Medical and sanitary report of the native army of Madras for the year
Year: 1878
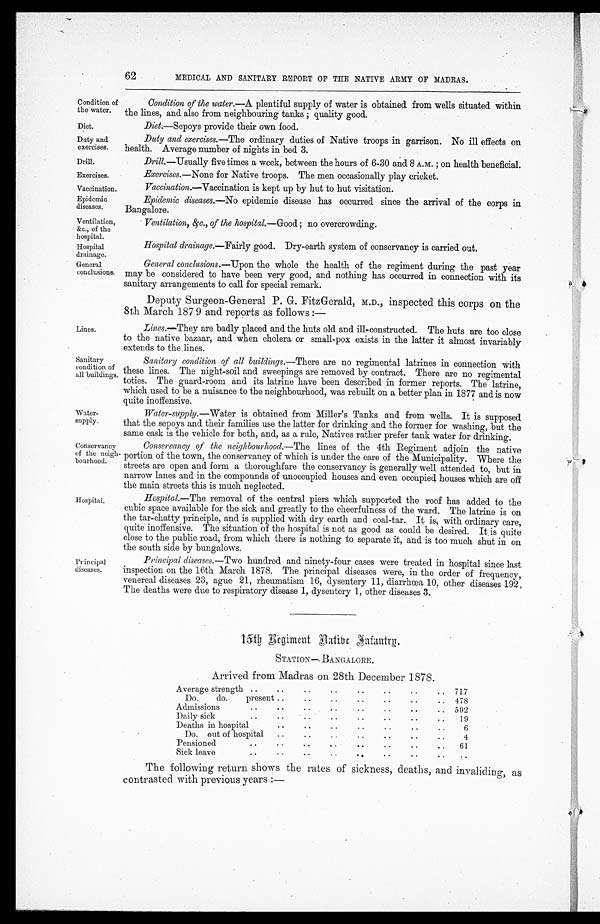
Duty and
exercises.
Drill.
Exercises.
Vaccination.
Epidemic
diseases.
Ventilation,
&c., of the
hospital.
Hospital
drainage.
General
conclusions.
62
MEDICAL AND SANITARY REPORT OF THE NATIVE ARMY OF MADRAS.
Condition of
the water.
Condition of the water. —A plentiful supply of water is obtained from wells situated within
the lines, and also from neighbouring tanks ; quality good.
Diet.
Diet.—Sepoys provide their own food.
Lines.
Sanitary
condition of
all buildings.
Water-
supply.
Duty and exercises. —The ordinary duties of Native troops in garrison. No ill effects on
health. Average number of nights in bed 3.
Drill.—Usually five times a week, between the hours of 6-30 and 8 A.M. ; on health beneficial.
Exercises. —None for Native troops. The men occasionally play cricket.
Vaccination.—Vaccination is kept up by hut to hut visitation.
Epidemic diseases. —No epidemic disease has occurred since the arrival of the corps in
Bangalore.
Ventilation, &c., of the hospital. —Good; no overcrowding.
Hospital drainage.—Fairly good. Dry-earth system of conservancy is carried out.
General conclusions. —Upon the whole the health of the regiment during the past year
may be considered to have been very good, and nothing has occurred in connection with its
sanitary arrangements to call for special remark.
Deputy Surgeon-General P. G. FitzGerald, M.D., inspected this corps on the
8th March 1879 and reports as follows:—
Lines.—They are badly placed and the huts old and ill-constructed. The huts are too close
to the native bazaar, and when cholera or small-pox exists in the latter it almost invariably
extends to the lines.
Sanitary condition of all buildings. —There are no regimental latrines in connection with
these lines. The night-soil and sweepings are removed by contract. There are no regimental
toties. The guard-room and its latrine have been described in former reports. The latrine,
which used to be a nuisance to the neighbourhood, was rebuilt on a better plan in 1877 and is now
quite inoffensive.
Water-supply. —Water is obtained from Miller's Tanks and from wells. It is supposed
that the sepoys and their families use the latter for drinking and the former for washing, but the
same cask is the vehicle for both, and, as a rule, Natives rather prefer tank water for drinking.
Conservancy
of the neigh-
bourhood.
Hospital.
Conservancy of the neighbourhood. —The lines of the 4th Regiment adjoin the native
portion of the town, the conservancy of which is under the care of the Municipality. Where the
streets are open and form a thoroughfare the conservancy is generally well attended to, but in
narrow lanes and in the compounds of unoccupied houses and even occupied houses which are off
the main streets this is much neglected.
H o s p i t a l .
— T h e
removal of the central piers which supported the roof has added to the
cubic space available for the sick and greatly to the cheerfulness of the ward. The latrine is on
the tar-chatty principle, and is supplied with dry earth and coal-tar. It is, with ordinary care,
quite inoffensive. The situation of the hospital is not as good as could be desired. It is quite
close to the public road, from which there is nothing to separate it, and is too much shut in on
the south side by bungalows.
Principal
diseases.
Principal diseases. —Two hundred and ninety-four cases were treated in hospital since last
inspection on the 16th March 1878. The principal diseases were, in the order of frequency,
venereal diseases 23, ague 21, rheumatism 16, dysentery 11, diarrhœa 10, other diseases 192
. T h e d e a t h s w e r e d u e t o r e s p i r a t o r y d i s e a s e 1 , d y s e n t e r y 1 , o t h e r d i s e a s e s 3 .
1 5 t h R e g i m e n t N a t i v e I n f a n t r y .
STATION—BANGALORE.
Arrived from Madras on 28th December 1878.
Average strength ..
. .
..
..
. .
..
. .
. . 717
Do.
do.
present ..
..
..
..
..
..
.. 478
Admissions
..
. .
. .
. .
..
..
..
.. 502
Daily sick
..
. .
. .
. .
. .
. .
. .
. .
1 9
Deaths in hospital
. .
. .
. .
. .
. .
. .
. .
6
Do. out of hospital ..
. .
. .
. .
. .
. .
..
4
Pensioned
..
..
..
..
. .
..
..
.. 61
Sick leave
. .
. .
..
. .
..
..
.. ..
The following return shows the rates of sickness, deaths, and invaliding, as
contrasted with previous years :—